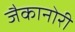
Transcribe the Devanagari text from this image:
जैकानोरी